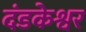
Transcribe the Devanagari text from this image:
दंडकेश्वर